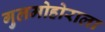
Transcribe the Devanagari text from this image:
गुलमोहोराला